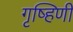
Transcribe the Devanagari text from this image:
गृष्हिणी